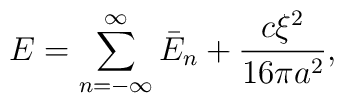
E=\sum\limits_{n=-\infty}^{\infty}\bar{E}_n+\frac{c \xi^2}{16 \pi a^2}{,}